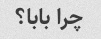
چرا بابا؟